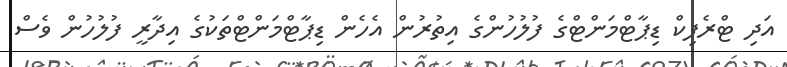
އަދި ޓްރެފިކް ޑިޕާޓްމަންޓްގެ ފުލުހުންގެ އިތުރުން އެހެން ޑިޕާޓްމަންޓްތަކުގެ އިދާރީ ފުލުހުން ވެސް